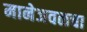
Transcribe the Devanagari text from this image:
मानेजवळचा